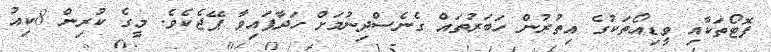
ފޮޓޯތަކާއި ވީޑިއޯތަކުގެ އިތުރުން ހަބަރުތައް ގެނެސްދިނުމަށް ހަދާފައިވާ ޕޭޖެކެވެ. މީގެ ކުރިން 8ކިއު